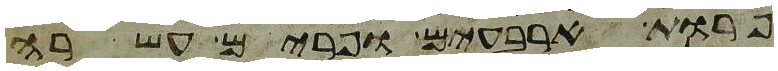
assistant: פרות ארבעים ופרים עשרה